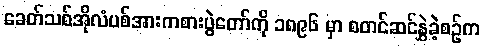
ခေတ်သစ်အိုလံပစ်အားကစားပွဲတော်ကို ၁၈၉၆ မှာ စတင်ဆင်နွှဲခဲ့စဉ်က